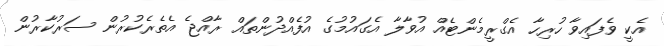
އެކީ ވެފައިވާ ހުރިހާ އެގްރީމެންޓެއް އުވާލާ އެގައުމުގެ އުފެއްދުންތައް ރާއްޖެ އެތެރެކުރުން ސަރުކާރުން